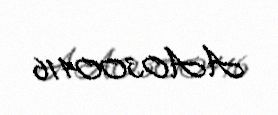
AA0300416